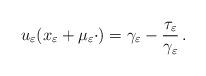
LaTeX: \begin{align*}u_\varepsilon(x_\varepsilon+\mu_\varepsilon\cdot)=\gamma_\varepsilon-\frac{\tau_\varepsilon}{\gamma_\varepsilon}\,.\end{align*}